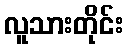
လူသားတိုင်း